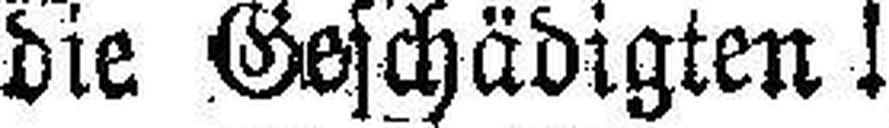
die Geschädigten!